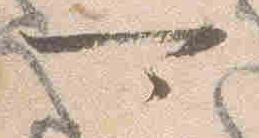
可